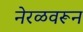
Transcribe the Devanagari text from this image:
नेरळवरून